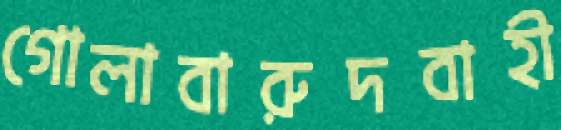
গোলাবারুদবাহী